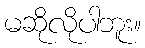
မဆိုလိုပါဘူး။